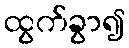
ထွက်ခွာ၍